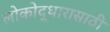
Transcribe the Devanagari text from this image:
लोकोद्धारासाठी